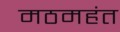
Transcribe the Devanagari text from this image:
मठमहंत